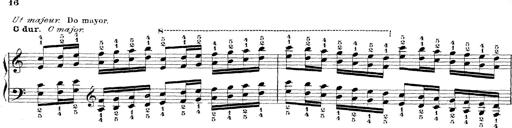
Title: Technische Studien
Composer: Franz Liszt